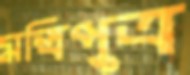
মন্ত্রিপুত্র